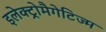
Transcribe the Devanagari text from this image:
इलेक्ट्रोमैगेटिज्म